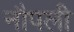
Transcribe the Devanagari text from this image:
नौपली